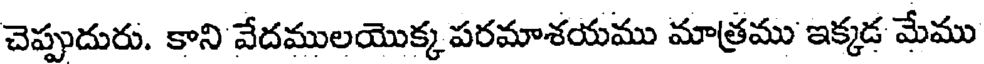
చెప్పుదురు. కాని వేదములయొక్క పరమాశయము మాత్రము ఇక్కడ మేము